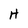
Character: H